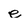
Character: e